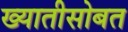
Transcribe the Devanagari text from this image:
ख्यातीसोबत